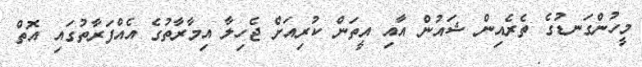
މީހުންގަނޑުގެ ތެރެއިން ޝައުން އާއި އީތަން ކުރިއަށް ޖެހިލާ އިމާރާތުގެ އެއްފަރާތުގައި އޮތް